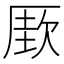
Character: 𰆡